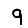
Digit: 9